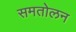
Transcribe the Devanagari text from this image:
समतोलन